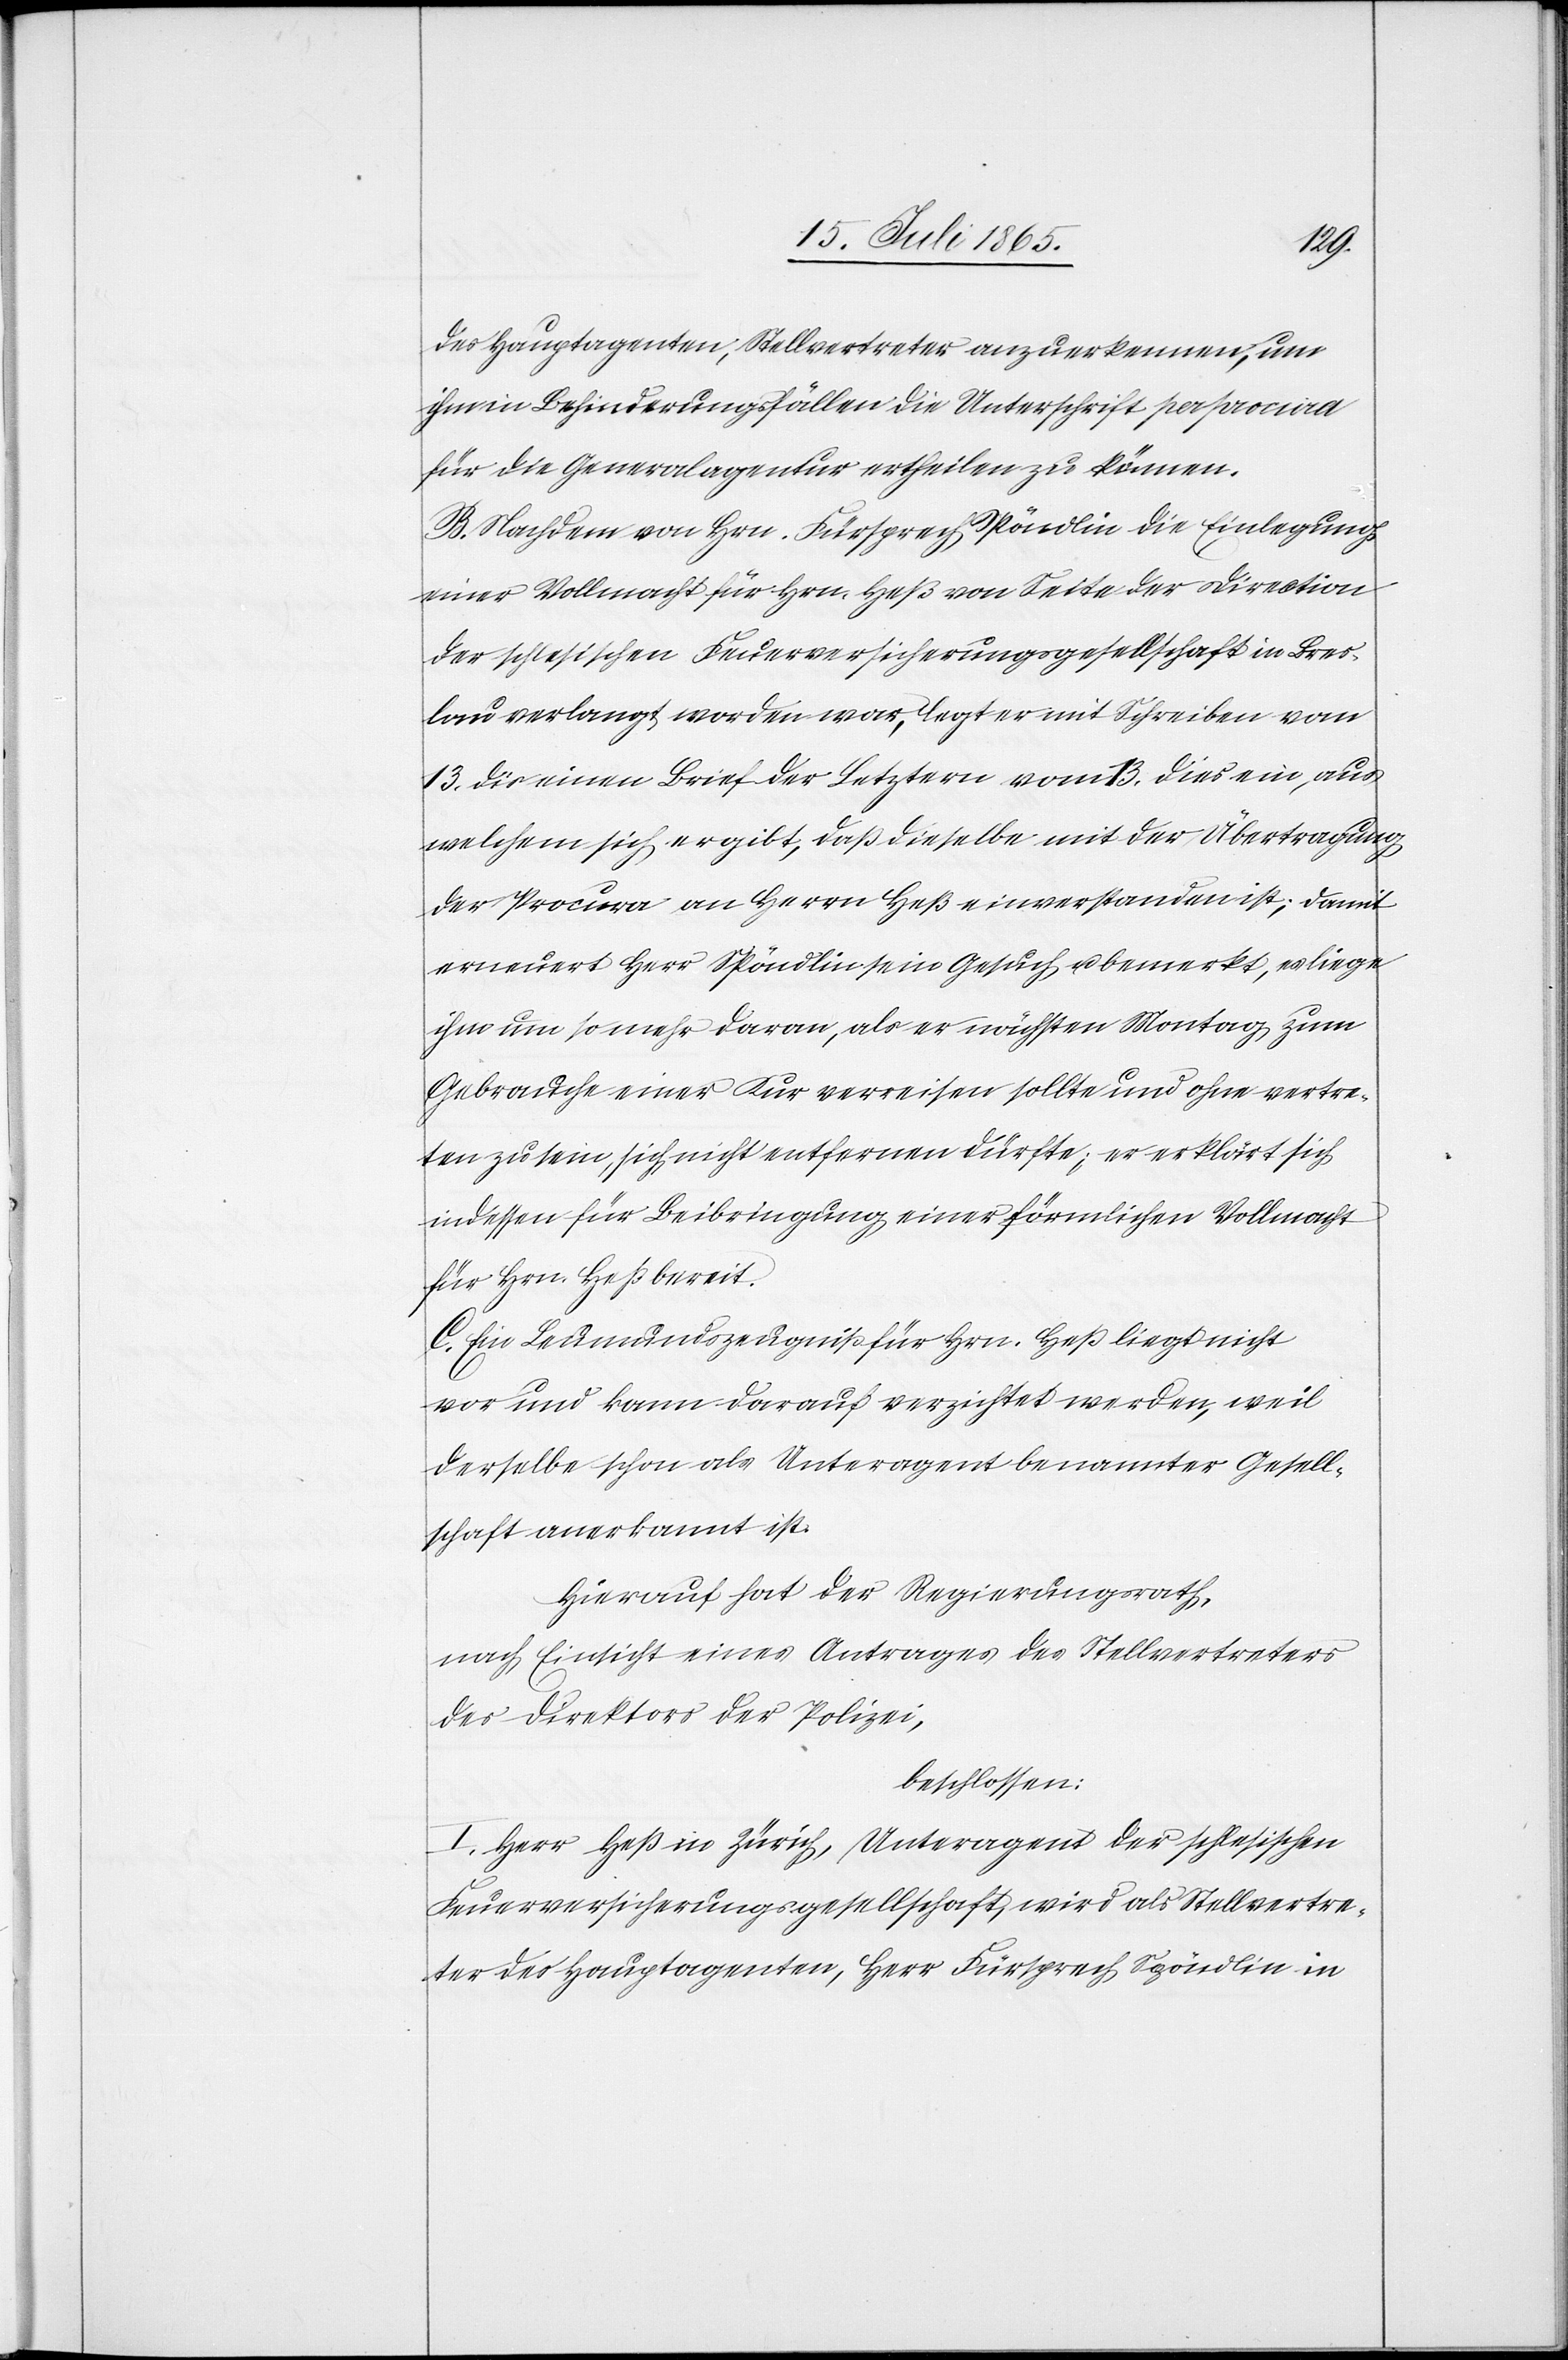
des Hauptagenten, Stellvertreter anzuerkennen, um
ihm in Behinderungsfällen die Unterschrift per procura
für die Generalagentur ertheilen zu können.
B. Nachdem von Hrn. Fürsprech Spöndlin die Einlegung
einer Vollmacht für Hrn. Heß von Seite der Direction
der schlesischen Feuerversicherungsgesellschaft in Bres¬
lau verlangt worden war, legt er mit Schreiben vom
13. dies einen Brief der Letztern vom 13. dies ein, aus
welchem sich ergibt, daß dieselbe mit der Übertragung
der Procura an Herrn Heß einverstanden ist; damit
erneuert Herr Spöndlin sein Gesuch u. bemerkt, es liege
ihm um so mehr daran, als er nächsten Montag zum
Gebrauche einer Kur verreisen sollte und ohne vertre¬
ten zu sein, sich nicht entfernen dürfte; er erklärt sich
indessen für Beibringung einer förmlichen Vollmacht
für Hrn. Heß bereit.
C. Ein Leumundszeugniß für Hrn. Heß liegt nicht
vor und kann darauf verzichtet werden, weil
derselbe schon als Unteragent benannter Gesell¬
schaft anerkannt ist.
Hierauf hat der Regierungsrath,
nach Einsicht eines Antrages des Stellvertreters
des Direktors der Polizei,
beschlossen:
I. Herr Heß in Zürich, Unteragent der schlesischen
Feuerversicherungsgesellschaft, wird als Stellvertre¬
ter des Hauptagenten, Herr Fürsprech Spöndlin in